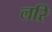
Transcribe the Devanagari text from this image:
लरि